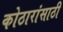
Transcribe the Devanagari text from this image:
कोठारांसाठी